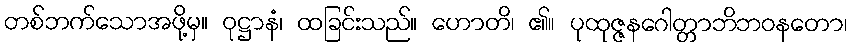
တစ်ဘက်သောအဖို့မှ။ ဝုဋ္ဌာနံ၊ ထခြင်းသည်။ ဟောတိ၊ ၏။ ပုထုဇ္ဇနဂေါတ္တာဘိဘဝနတော၊